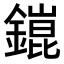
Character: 𨬌